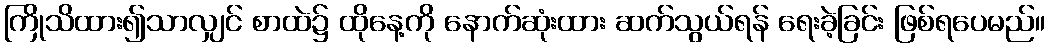
ကြိုသိထား၍သာလျှင် စာထဲ၌ ထိုနေ့ကို နောက်ဆုံးထား ဆက်သွယ်ရန် ရေးခဲ့ခြင်း ဖြစ်ရပေမည်။